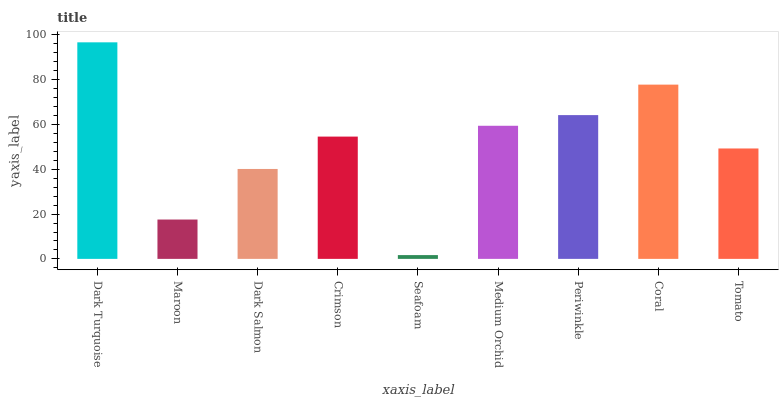
| xaxis_label | bars |
 | --- | --- |
 | Dark Turquoise | 96.7 |
 | Maroon | 17.6 |
 | Dark Salmon | 40.1 |
 | Crimson | 54.6 |
 | Seafoam | 1.69 |
 | Medium Orchid | 59.4 |
 | Periwinkle | 64.2 |
 | Coral | 77.8 |
 | Tomato | 49.3 |